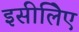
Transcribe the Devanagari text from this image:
इसीलिेए